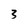
Character: 3